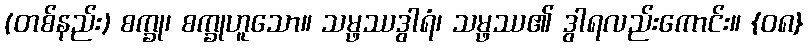
(တစ်နည်း) စက္ခု၊ စက္ခုဟူသော။ သမ္ဖဿဒွါရံ၊ သမ္ဖဿ၏ ဒွါရလည်းကောင်း။ {၀၈}